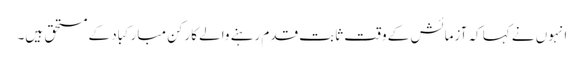
انہوں نے کہا کہ آزمائش کے وقت ثابت قدم رہنے والے کارکن مبارکباد کے مستحق ہیں۔